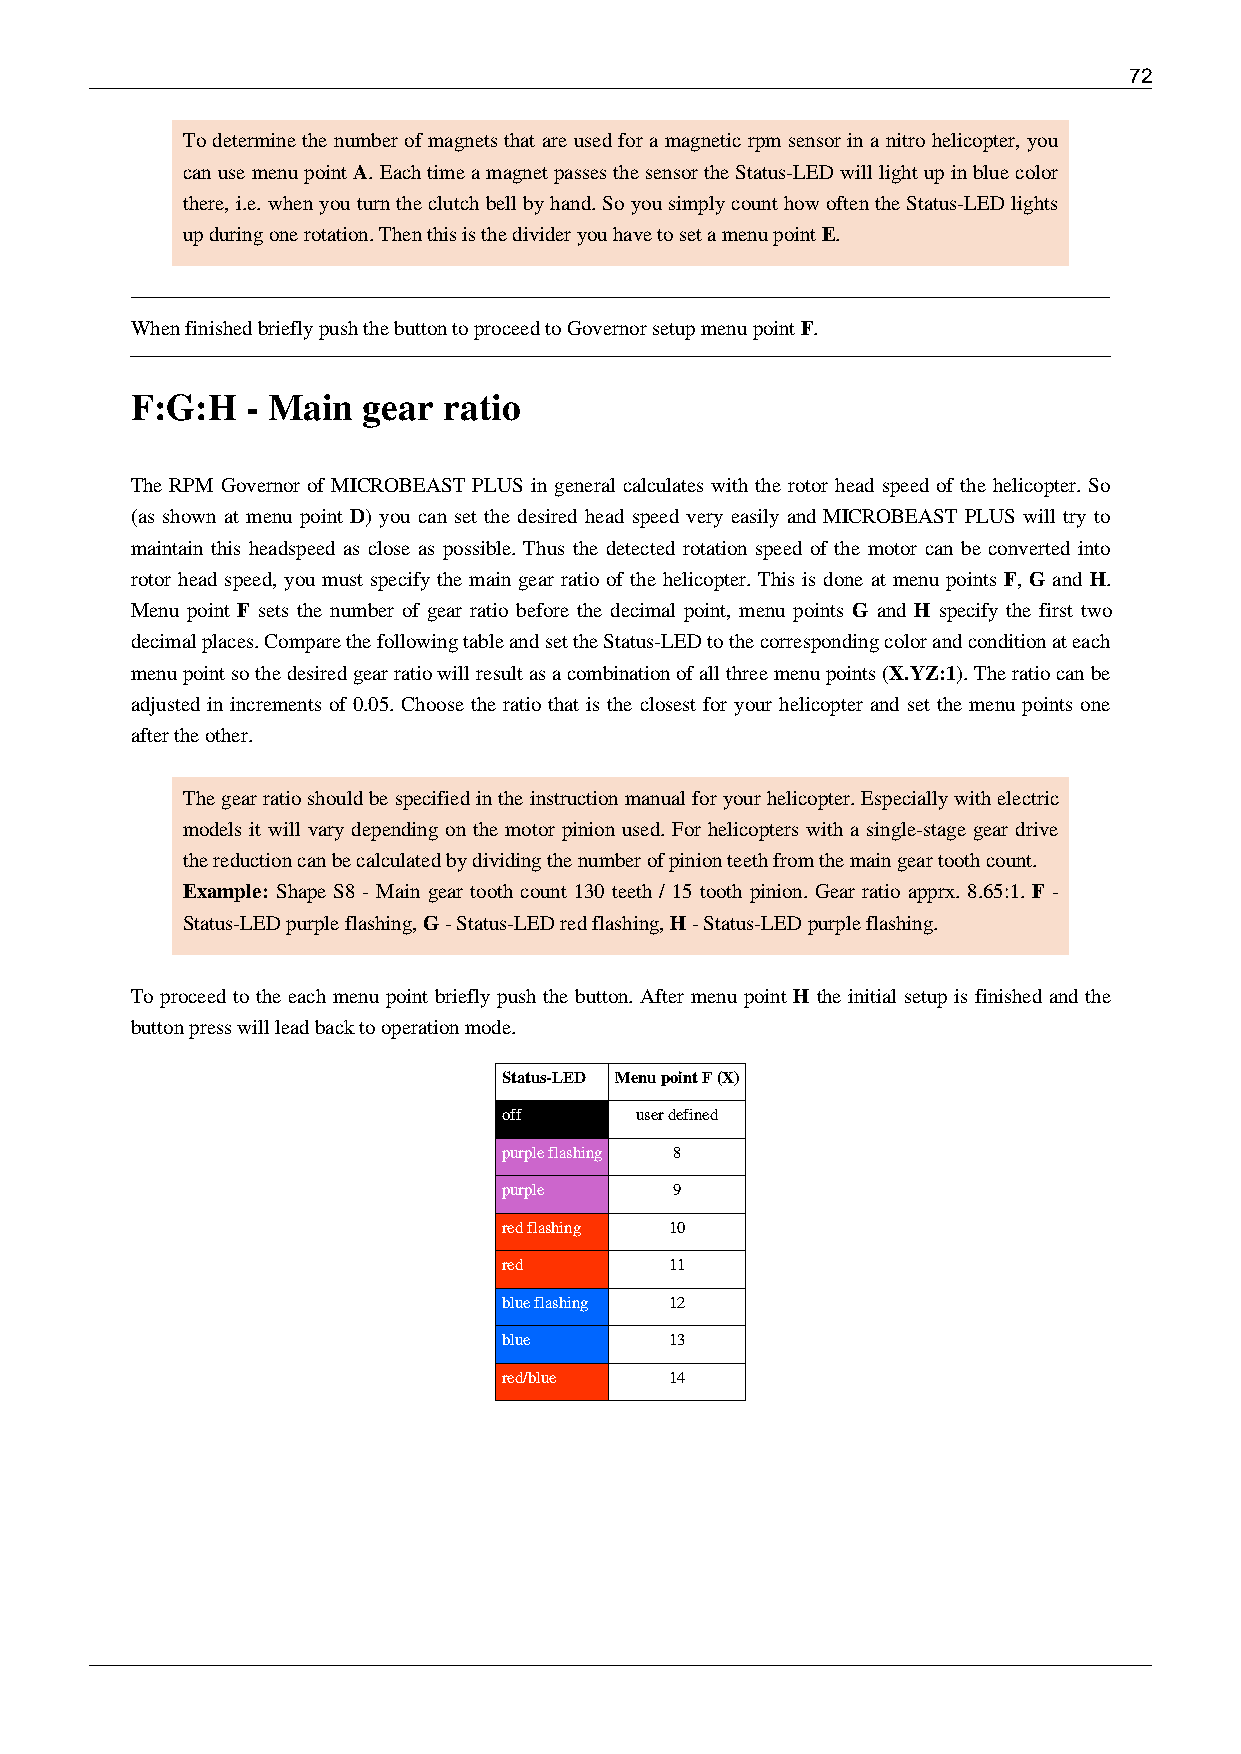
72
 To determine the number of magnets that are used for a magnetic rpm sensor in a nitro helicopter, you
 can use menu point A. Each time a magnet passes the sensor the Status-LED will light up in blue color
 there, i.e. when you turn the clutch bell by hand. So you simply count how often the Status-LED lights
 up during one rotation. Then this is the divider you have to set a menu point E.
 When finished briefly push the button to proceed to Governor setup menu point F.
 F:G:H  - Main  gear ratio
 The RPM Governor of MICROBEAST PLUS in general calculates with the rotor head speed of the helicopter. So
 (as shown at menu point D) you can set the desired head speed very easily and MICROBEAST PLUS will try to
 maintain this headspeed as close as possible. Thus the detected rotation speed of the motor can be converted into
 rotor head speed, you must specify the main gear ratio of the helicopter. This is done at menu points F, G and H.
 Menu point F sets the number of gear ratio before the decimal point, menu points G and H specify the first two
 decimal places. Compare the following table and set the Status-LED to the corresponding color and condition at each
 menu point so the desired gear ratio will result as a combination of all three menu points (X.YZ:1). The ratio can be
 adjusted in increments of 0.05. Choose the ratio that is the closest for your helicopter and set the menu points one
 after the other.
 The gear ratio should be specified in the instruction manual for your helicopter. Especially with electric
 models it will vary depending on the motor pinion used. For helicopters with a single-stage gear drive
 the reduction can be calculated by dividing the number of pinion teeth from the main gear tooth count.
 Example: Shape S8 - Main gear tooth count 130 teeth / 15 tooth pinion. Gear ratio apprx. 8.65:1. F -
 Status-LED purple flashing, G - Status-LED red flashing, H - Status-LED purple flashing.
 To proceed to the each menu point briefly push the button. After menu point H the initial setup is finished and the
 button press will lead back to operation mode.
 Status-LED Menu point F (X)
 off      user defined
 purple flashing 8
 purple      9
 red flashing 10
 red        11
 blue flashing 12
 blue       13
 red/blue   14